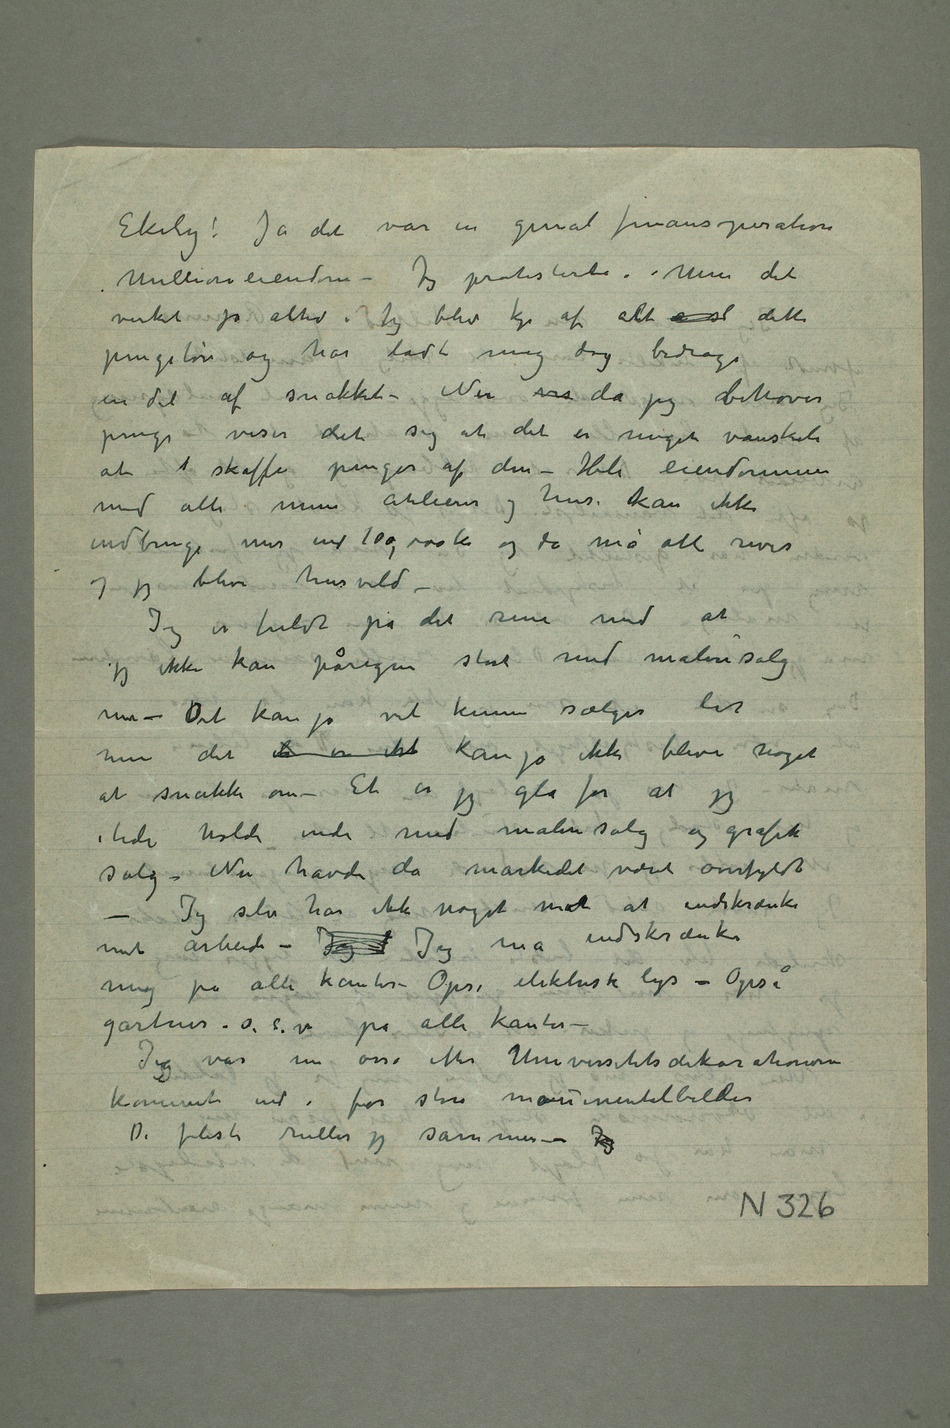
Ekely! Ja det var en genial finansoperation
Millioneiendom – Jeg protesterte. Men det
virket jo altid. Jeg blev kje af alt  sl dette
pengetøv og har ladt mig dog bedrage
en del af snakket – Nu vis da jeg behøver
penge viser det sig at det er meget vanskeli
at  skaffe penger af den – Hele eiendommen
med alle mine atelierer og hus kan ikke
indbringe mer end 100,000 kr og da må alt rives
og jeg blir husvild –
Jeg er fuldt på det rene med at
jeg ikke kan påregne stort med malerisalg
mer – Det kan jo vel kunne sælges lidt
men det  er ikk kan jo ikke blive noget
at snakke om – Et er jeg gla for at jeg
i tide holdt inde med malerisalg og grafik
salg – Nu havde da markedet været overfyldt –
Jeg selv har ikke noget mot at indskrænke
mit arbeide – Jeg  Jeg må indskrænke
mig på alle kanter – Opsi elektrisk lys – Opsi
gartner o.s.v på alle kanter –
Jegg var nu osså efter Universitetsdekorationerne
kommet ind i for store monumentalbilder